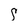
Character: s